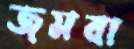
জমবা